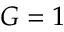
G = 1